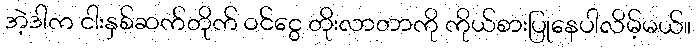
အဲ့ဒါက ငါးနှစ်ဆက်တိုက် ဝင်ငွေ တိုးလာတာကို ကိုယ်စားပြုနေပါလိမ့်မယ်။